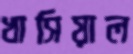
খাসিয়াল